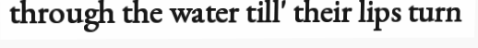
through the water till' their lips turn